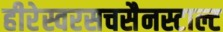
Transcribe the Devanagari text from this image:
हीरेस्वरसचसैनस्टाल्ट